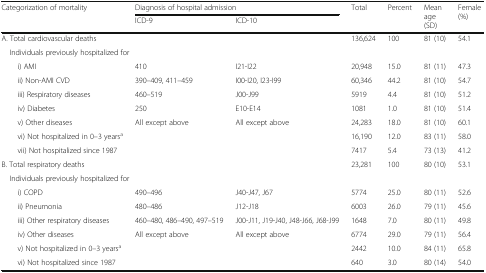
<table><thead><tr><td rowspan="2"><b>Categorization of mortality</b></td><td colspan="2"><b>Diagnosis of hospital admission</b></td><td rowspan="2"><b>Total</b></td><td><b>Percent</b></td><td rowspan="2"><b>Mean age (SD)</b></td><td rowspan="2"><b>Female (%)</b></td></tr><tr><td><b>ICD-9</b></td><td><b>ICD-10</b></td><td>[EMPTY_CELL]</td></tr></thead><tbody><tr><td>A. Total cardiovascular deaths</td><td>[EMPTY_CELL]</td><td>[EMPTY_CELL]</td><td>136,624</td><td>100</td><td>81 (10)</td><td>54.1</td></tr><tr><td colspan="7"> Individuals previously hospitalized for</td></tr><tr><td>i) AMI</td><td>410</td><td>I21-I22</td><td>20,948</td><td>15.0</td><td>81 (11)</td><td>47.3</td></tr><tr><td>ii) Non-AMI CVD</td><td>390–409, 411–459</td><td>I00-I20, I23-I99</td><td>60,346</td><td>44.2</td><td>81 (10)</td><td>54.7</td></tr><tr><td>iii) Respiratory diseases</td><td>460–519</td><td>J00-J99</td><td>5919</td><td>4.4</td><td>81 (10)</td><td>51.2</td></tr><tr><td>iv) Diabetes</td><td>250</td><td>E10-E14</td><td>1081</td><td>1.0</td><td>81 (10)</td><td>51.4</td></tr><tr><td>v) Other diseases</td><td>All except above</td><td>All except above</td><td>24,283</td><td>18.0</td><td>81 (10)</td><td>60.1</td></tr><tr><td>vi) Not hospitalized in 0–3 years<sup>a</sup></td><td>[EMPTY_CELL]</td><td>[EMPTY_CELL]</td><td>16,190</td><td>12.0</td><td>83 (11)</td><td>58.0</td></tr><tr><td>vii) Not hospitalized since 1987</td><td>[EMPTY_CELL]</td><td>[EMPTY_CELL]</td><td>7417</td><td>5.4</td><td>73 (13)</td><td>41.2</td></tr><tr><td>B. Total respiratory deaths</td><td>[EMPTY_CELL]</td><td>[EMPTY_CELL]</td><td>23,281</td><td>100</td><td>80 (10)</td><td>53.1</td></tr><tr><td colspan="7"> Individuals previously hospitalized for</td></tr><tr><td>i) COPD</td><td>490–496</td><td>J40-J47, J67</td><td>5774</td><td>25.0</td><td>80 (11)</td><td>52.6</td></tr><tr><td>ii) Pneumonia</td><td>480–486</td><td>J12-J18</td><td>6003</td><td>26.0</td><td>79 (11)</td><td>45.6</td></tr><tr><td>iii) Other respiratory diseases</td><td>460–480, 486–490, 497–519</td><td>J00-J11, J19-J40, J48-J66, J68-J99</td><td>1648</td><td>7.0</td><td>80 (11)</td><td>49.8</td></tr><tr><td>iv) Other diseases</td><td>All except above</td><td>All except above</td><td>6774</td><td>29.0</td><td>79 (11)</td><td>56.4</td></tr><tr><td>v) Not hospitalized in 0–3 years<sup>a</sup></td><td>[EMPTY_CELL]</td><td>[EMPTY_CELL]</td><td>2442</td><td>10.0</td><td>84 (11)</td><td>65.8</td></tr><tr><td>vi) Not hospitalized since 1987</td><td>[EMPTY_CELL]</td><td>[EMPTY_CELL]</td><td>640</td><td>3.0</td><td>80 (14)</td><td>54.0</td></tr></tbody></table>